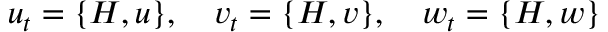
u _ { t } = \{ H , u \} , \quad v _ { t } = \{ H , v \} , \quad w _ { t } = \{ H , w \}